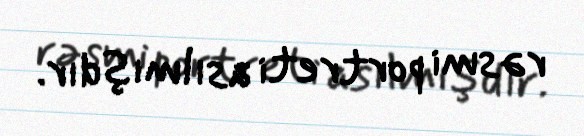
rəsmi portreti asılmışdır.